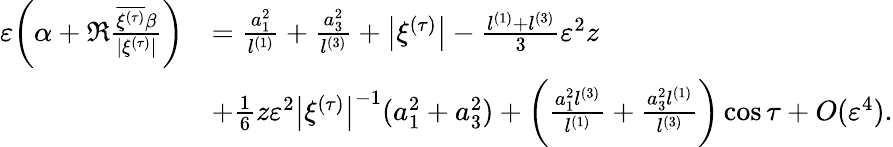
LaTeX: \begin{array}{rl}{\varepsilon\biggl(\alpha+\Re\frac{\overline{{{\xi}^{(\tau)}}}\beta}{|\xi^{(\tau)}|}\biggr)}&{=\frac{a_{1}^{2}}{l^{(1)}}+\frac{a_{3}^{2}}{l^{(3)}}+\bigl|\xi^{(\tau)}\bigr|-\frac{l^{(1)}+l^{(3)}}{3}\varepsilon^{2}z}\\ &{+\frac{1}{6}z\varepsilon^{2}\bigl|\xi^{(\tau)}\bigr|^{-1}(a_{1}^{2}+a_{3}^{2})+\biggl(\frac{a_{1}^{2}l^{(3)}}{l^{(1)}}+\frac{a_{3}^{2}l^{(1)}}{l^{(3)}}\biggr)\cos\tau+O(\varepsilon^{4}).}\end{array}